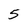
Character: 5